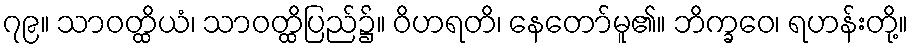
၇၉။ သာဝတ္ထိယံ၊ သာဝတ္ထိပြည်၌။ ဝိဟရတိ၊ နေတော်မူ၏။ ဘိက္ခဝေ၊ ရဟန်းတို့။